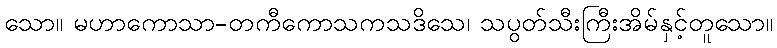
သော။ မဟာကောသာ-တကီကောသကသဒိသေ၊ သပွတ်သီးကြီးအိမ်နှင့်တူသော။